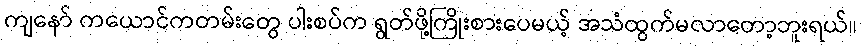
ကျနော် ကယောင်ကတမ်းတွေ ပါးစပ်က ရွတ်ဖို့ကြိုးစားပေမယ့် အသံထွက်မလာတော့ဘူးရယ်။